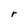
Character: r